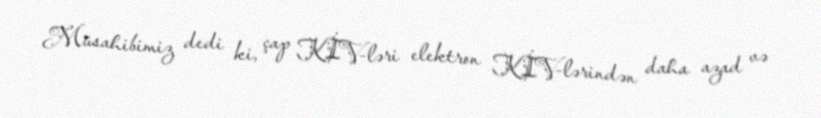
Müsahibimiz dedi ki, çap KİV-ləri elektron KİV-lərindən daha azad və